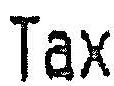
TAX